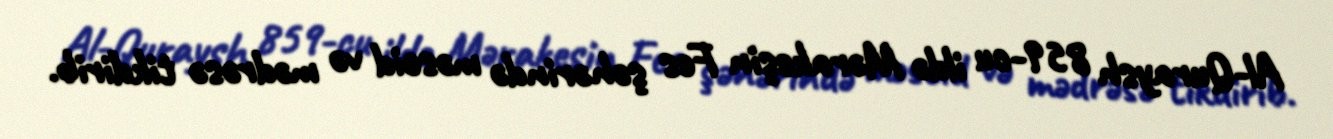
Al-Quraysh 859-cu ildə Mərakeşin Fes şəhərində məscid və mədrəsə tikdirib.